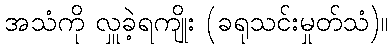
အသံကို လှူခဲ့ရကျိုး (ခရုသင်းမှုတ်သံ)။